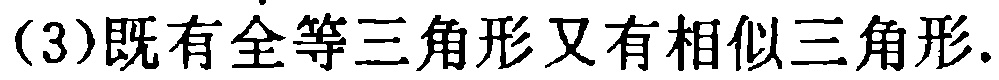
(3)既有全等三角形又有相似三角形.